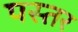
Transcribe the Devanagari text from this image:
पस्तर